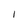
Character: l